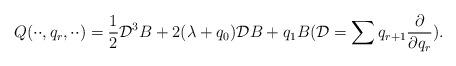
LaTeX: \begin{align*}Q(\cdot\cdot,q_r,\cdot\cdot)=\frac{1}{2}\mathcal D^3B+2(\lambda+q_0)\mathcal DB+q_1B(\mathcal D=\sum q_{r+1}\frac{\partial}{\partial q_r}).\end{align*}